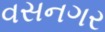
વસનગર